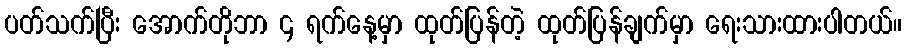
ပတ်သက်ပြီး အောက်တိုဘာ ၄ ရက်နေ့မှာ ထုတ်ပြန်တဲ့ ထုတ်ပြန်ချက်မှာ ရေးသားထားပါတယ်။